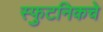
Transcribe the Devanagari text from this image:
स्फुटनिकचे